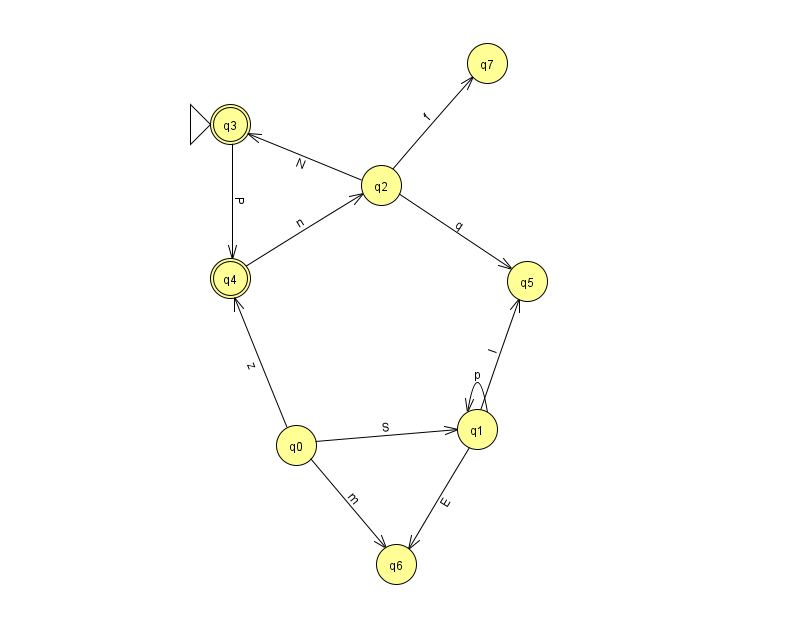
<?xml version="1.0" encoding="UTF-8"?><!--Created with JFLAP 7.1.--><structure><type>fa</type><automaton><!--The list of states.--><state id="0" name="q0"><x>296.0</x><y>432.0</y></state><state id="1" name="q1"><x>477.0</x><y>416.0</y></state><state id="2" name="q2"><x>381.0</x><y>172.0</y></state><state id="3" name="q3"><x>230.0</x><y>111.0</y><initial/><final/></state><state id="4" name="q4"><x>230.0</x><y>265.0</y><final/></state><state id="5" name="q5"><x>527.0</x><y>268.0</y></state><state id="6" name="q6"><x>396.0</x><y>551.0</y></state><state id="7" name="q7"><x>487.0</x><y>50.0</y></state><!--The list of transitions.--><transition><from>0</from><to>4</to><read>z</read></transition><transition><from>1</from><to>1</to><read>p</read></transition><transition><from>3</from><to>4</to><read>P</read></transition><transition><from>2</from><to>3</to><read>N</read></transition><transition><from>4</from><to>2</to><read>n</read></transition><transition><from>2</from><to>7</to><read>f</read></transition><transition><from>1</from><to>6</to><read>E</read></transition><transition><from>1</from><to>5</to><read>I</read></transition><transition><from>2</from><to>5</to><read>q</read></transition><transition><from>0</from><to>1</to><read>S</read></transition><transition><from>0</from><to>6</to><read>m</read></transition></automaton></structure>